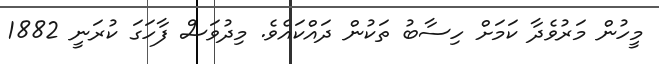
މީހުން މަރުވެދާ ކަމަށް ހިސާބު ތަކުން ދައްކައެވެ. މިދުވަސް ފާހަގަ ކުރަނީ 1882